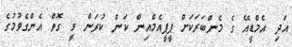
އަދި އެމްޑީއޭ ގެ މެންބަރަކަށް ޕީޕީއެމްއިން ކަން ކުރަން ވީ ގޮތް އެންގެވުމުގެ